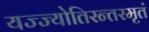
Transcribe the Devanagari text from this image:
यज्ज्योतिरन्तरमृतं